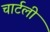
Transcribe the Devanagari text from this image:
चार्टली